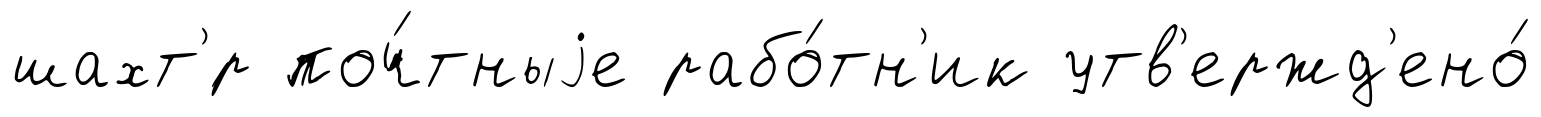
шахт'́р поч́тныjе рабо́тн'ик утв'ержд'ено́